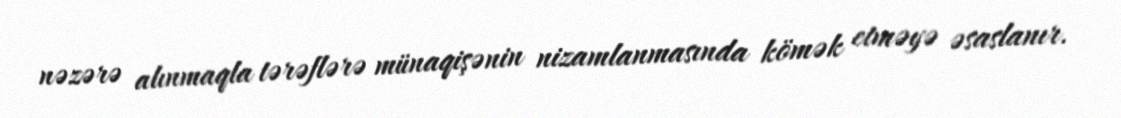
nəzərə alınmaqla tərəflərə münaqişənin nizamlanmasında kömək etməyə əsaslanır.